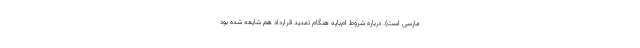
مارسی است). درباره شروط ام‌باپه هنگام تمدید قرارداد هم شایعه شده بود